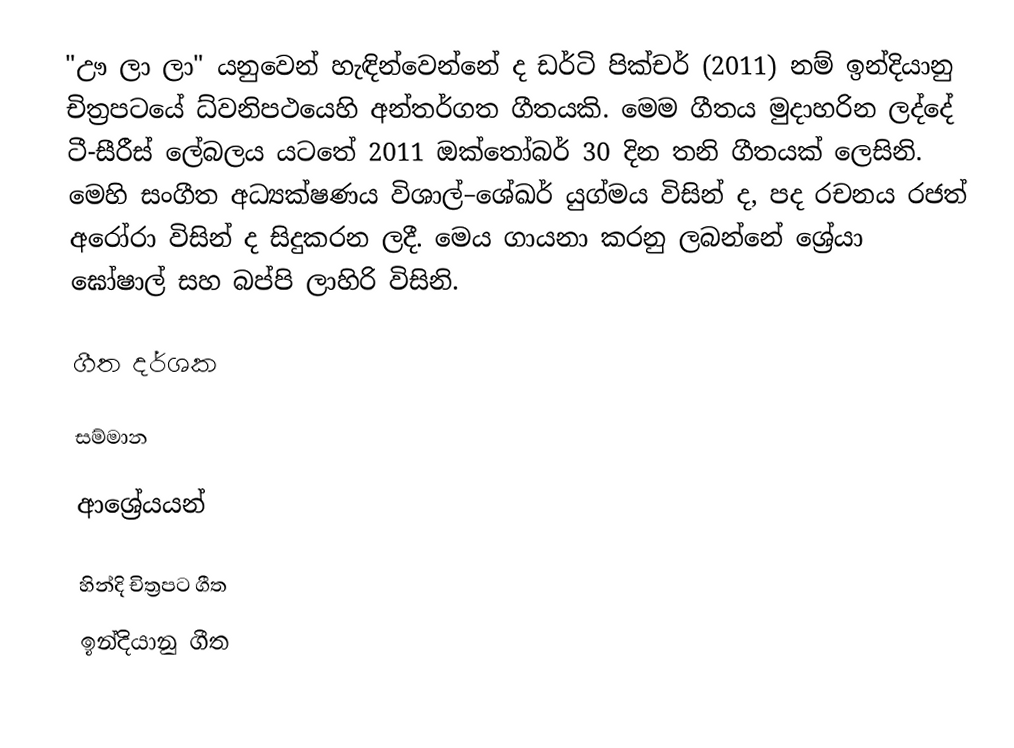
"ඌ ලා ලා" යනුවෙන් හැඳින්වෙන්නේ ද ඩර්ටි පික්චර් (2011) නම් ඉන්දියානු චිත්‍රපටයේ ධ්වනිපථයෙහි අන්තර්ගත ගීතයකි. මෙම ගීතය මුදාහරින ලද්දේ ටී-සීරීස් ලේබලය යටතේ 2011 ඔක්තෝබර් 30 දින තනි ගීතයක් ලෙසිනි. මෙහි සංගීත අධ්‍යක්ෂණය විශාල්–ශේඛර් යුග්මය විසින් ද, පද රචනය රජත් අරෝරා විසින් ද සිදුකරන ලදී. මෙය ගායනා කරනු ලබන්නේ ශ්‍රේයා ඝෝෂාල් සහ බප්පි ලාහිරි විසිනි.

ගීත දර්ශක

සම්මාන

ආශ්‍රේයයන්

හින්දි චිත්‍රපට ගීත
ඉන්දියානු ගීත